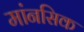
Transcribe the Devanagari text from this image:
मांनसिक